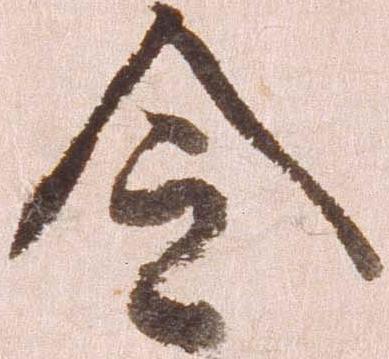
令